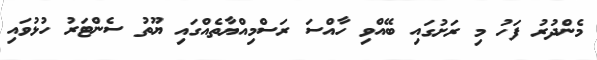
މެންދުރު ފަހު މި ރަށުގައި ބޭއްވި ހާއްސަ ރަސްމިއްޔާތެއްގައި ޔޫތު ސެންޓަރު ހުޅުވައި